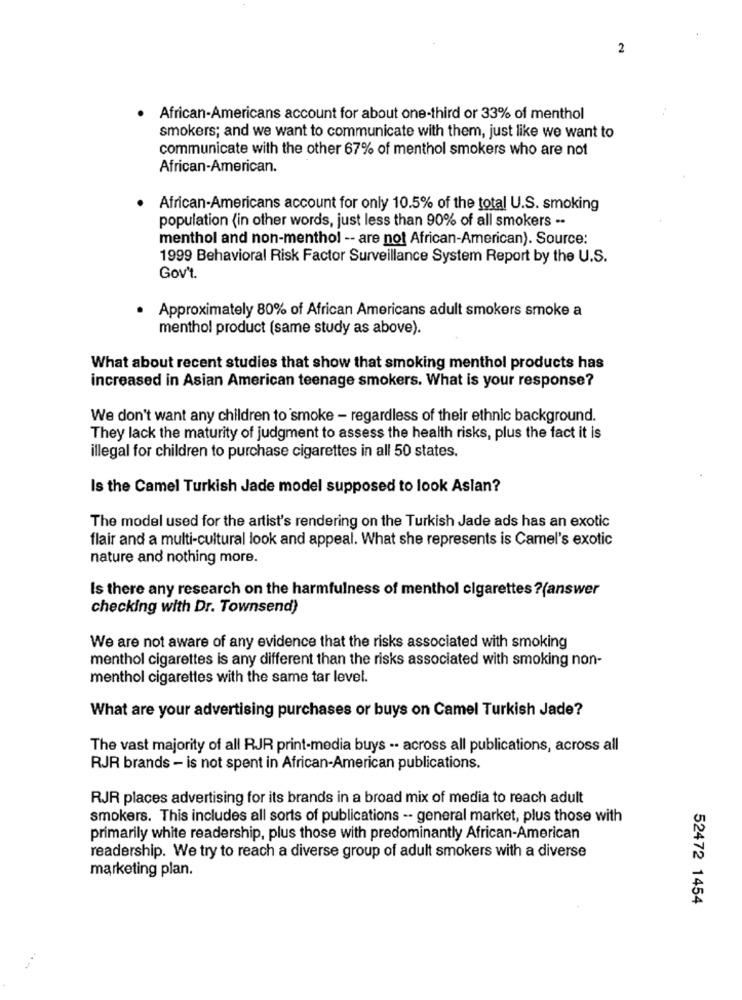
2
African-Americans account for about one-third or 33% of menthol
smokers; and we want to communicate with them, just like we want to
communicate with the other 67% of menthol smokers who are not
African-American.
African-Americans account for only 10.5% of the total U.S. smoking
population (in other words, just less than 90% of all smokers ..
menthol and non-menthol -- are not African-American). Source:
1999 Behavioral Risk Factor Surveillance System Report by the U.S.
Gov't.
Approximately 80% of African Americans adult smokers smoke a
menthol product (same study as above).
What about recent studies that show that smoking menthol products has
increased in Asian American teenage smokers. What is your response?
We don't want any children to smoke - regardless of their ethnic background.
They lack the maturity of judgment to assess the health risks, plus the fact it is
illegal for children to purchase cigarettes in all 50 states.
Is the Camel Turkish Jade model supposed to look Aslan?
The model used for the artist's rendering on the Turkish Jade ads has an exotic
flair and a multi-cultural look and appeal. What she represents is Camel's exotic
nature and nothing more.
Is there any research on the harmfulness of menthol cigarettes ?(answer
checking with Dr. Townsend)
We are not aware of any evidence that the risks associated with smoking
menthol cigarettes is any different than the risks associated with smoking non-
menthol cigarettes with the same tar level.
What are your advertising purchases or buys on Camel Turkish Jade?
The vast majority of all RJR print-media buys .. across all publications, across all
RJR brands - is not spent in African-American publications.
RJR places advertising for its brands in a broad mix of media to reach adult
smokers. This includes all sorts of publications -- general market, plus those with
primarily white readership, plus those with predominantly African-American
readership. We try to reach a diverse group of adult smokers with a diverse
marketing plan.
52472 1454